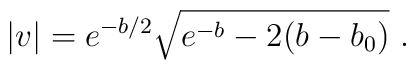
|v| = e^{-b/2} \sqrt{e^{-b}-2(b-b_0)} ~.